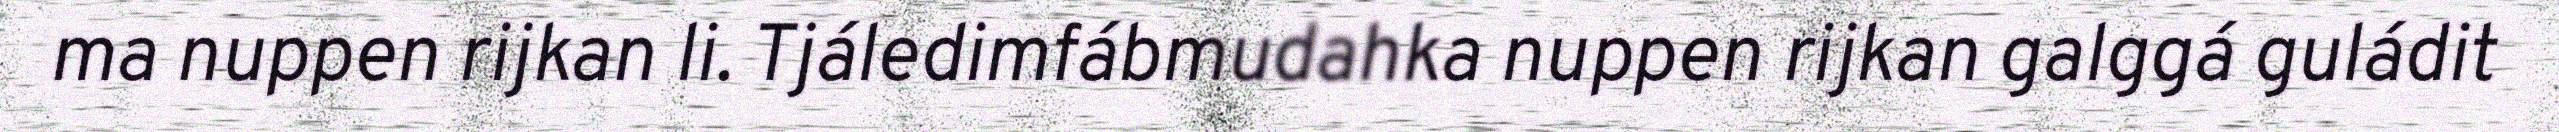
ma nuppen rijkan li. Tjáledimfábmudahka nuppen rijkan galggá guládit